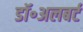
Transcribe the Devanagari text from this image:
डॉ॰अलबर्ट